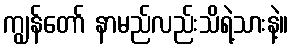
ကျွန်တော် နာမည်လည်းသိရဲ့သားနဲ့။